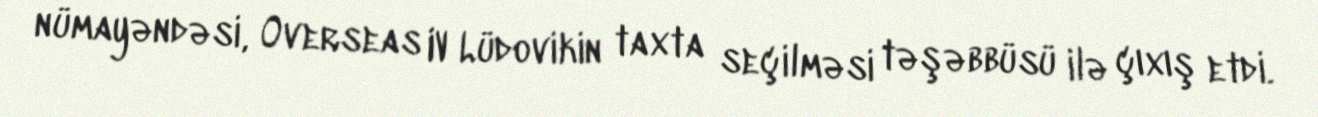
nümayəndəsi, Overseas IV Lüdovikin taxta seçilməsi təşəbbüsü ilə çıxış etdi.